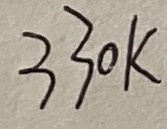
Text: 330K